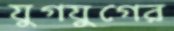
যুগযুগের